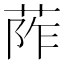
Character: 𦰼